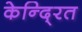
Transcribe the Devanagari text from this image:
केन्दि्रत